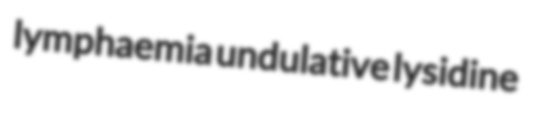
lymphaemia undulative lysidine